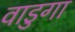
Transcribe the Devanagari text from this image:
वाडुगा